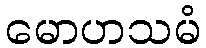
မောဟသမံ